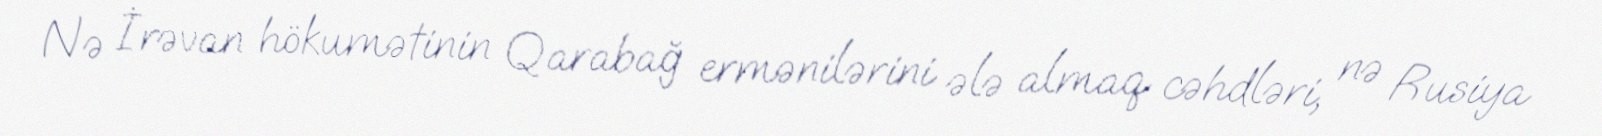
Nə İrəvan hökumətinin Qarabağ ermənilərini ələ almaq cəhdləri, nə Rusiya